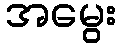
အမွေး